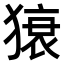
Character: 𤠠